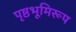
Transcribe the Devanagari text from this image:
पृष्ठभूमिरूप